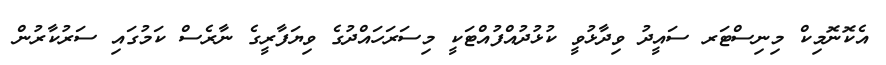
އެކޮނޮމިކް މިނިސްޓަރ ސައީދު ވިދާޅުވީ ކުޅުދުއްފުއްޓަކީ މިސަރަހައްދުގެ ވިޔަފާރީގެ ނާރެސް ކަމުގައި ސަރުކާރުން